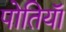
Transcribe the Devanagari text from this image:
पोतियाॅ